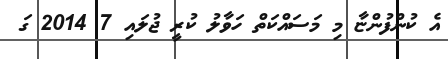
އެ ކުންފުންޏާ މި މަސައްކަތް ހަވާލު ކުރީ ޖުލައި 7 2014 ގަ